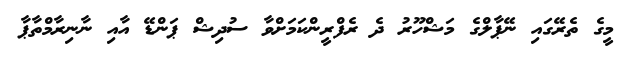
މީގެ ތެރޭގައި ނޭޕާލްގެ މަޝްހޫރު ދެ ރެފްރީންކަމަށްވާ ސުދިޝް ޕަންޑޭ އާއި ނާނިރާމްތާޕާ